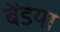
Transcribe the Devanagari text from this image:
बेंडया